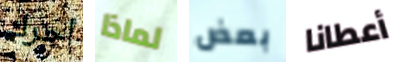
أجرك لماذا بعض أعطانا